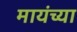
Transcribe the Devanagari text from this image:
मायंच्या